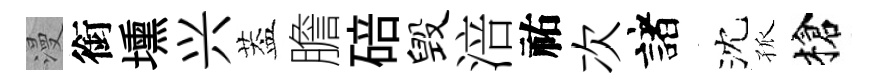
漫銜壎兴葢膽碚毁涪祐次諸沈孤槍